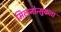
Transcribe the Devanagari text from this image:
मिलनोत्सुकता